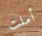
أملت